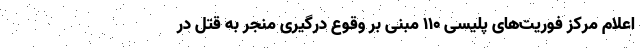
اعلام مرکز فوریت‌های پلیسی 110 مبنی بر وقوع درگیری منجر به قتل در